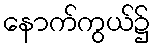
နောက်ကွယ်၌